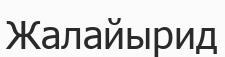
Жалайырид